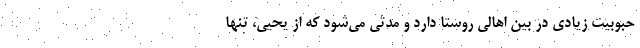
حبوبیت زیادی در بین اهالی روستا دارد و مدتی می‌شود که از یحیی، تنها